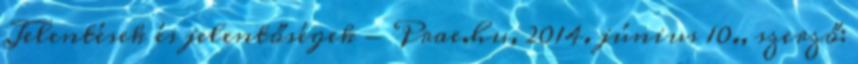
Jelentések és jelentőségek - Prae.hu, 2014. június 10., szerző: